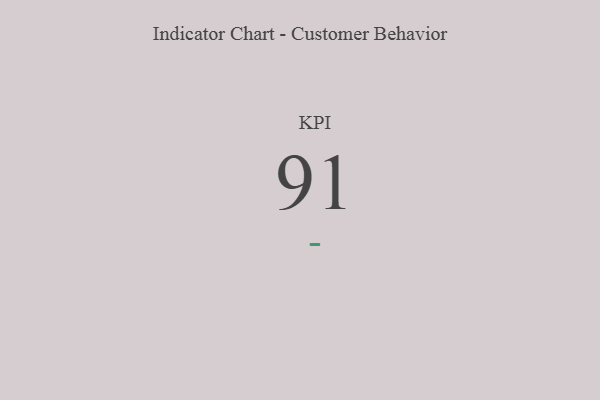
{"axis": {"x": "KPI", "y": "Value"}, "legend": [""], "data": [{"x": "KPI", "y": 91, "type": ""}]}